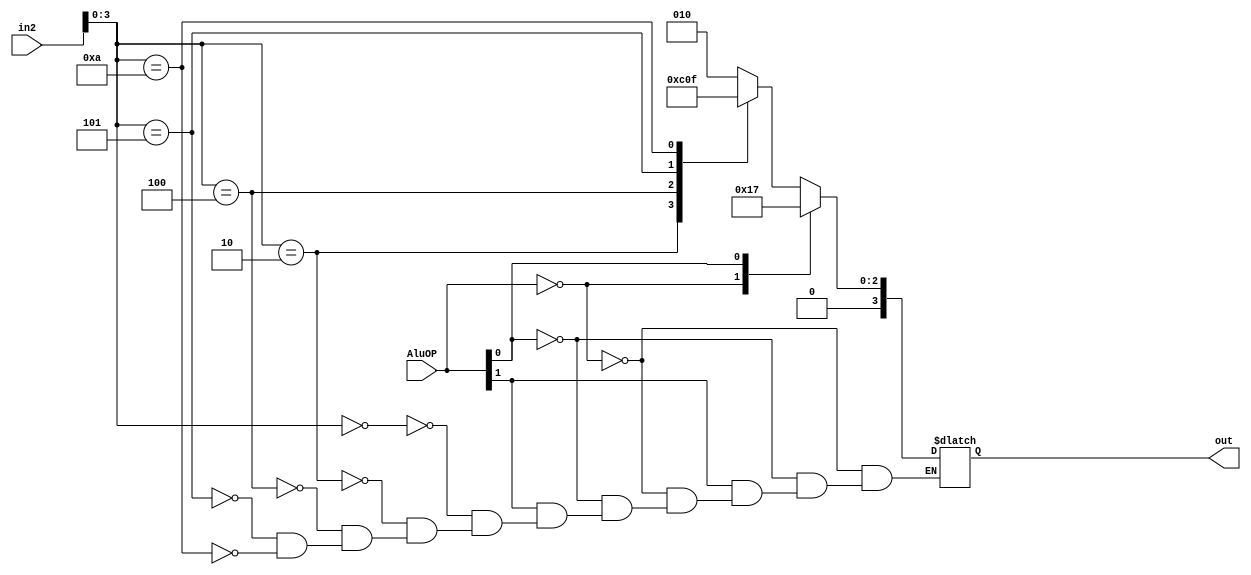
module ALUControl(
	input [1:0] AluOP,
	input [5:0] in2,
	output reg [3:0] out
);

	always 
	begin
		#10;
		casex (AluOP)
			2'b00: out = 4'b0010; // LW SW
			2'bx1: out = 4'b0111; // branch
			2'b1x: casex(in2) // R-type
					6'bxx0000: out = 4'b0010;
					6'bxx0010: out = 4'b0110;
					6'bxx0100: out = 4'b0000;
					6'bxx0101: out = 4'b0001;
					6'bxx1010: out = 4'b0111;
				endcase
		endcase
	end

endmodule